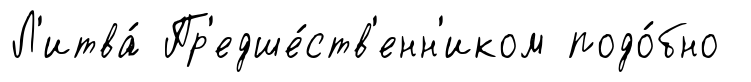
Л'итва́ Пр'едше́ств'енн'иком подо́бно